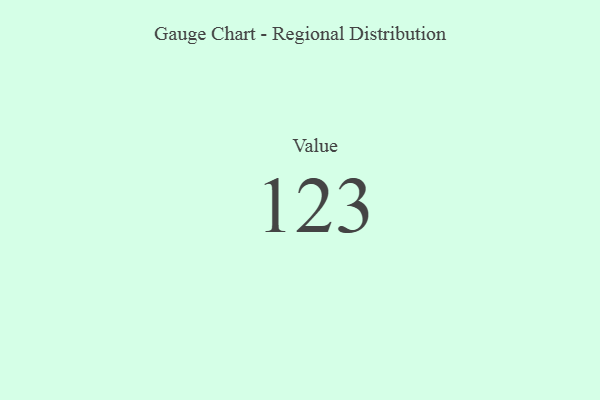
{"axis": {"x": "Metric", "y": "Value"}, "legend": [""], "data": [{"x": "Value", "y": 123, "type": ""}]}